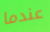
عندما